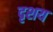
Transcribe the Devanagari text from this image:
दृशय